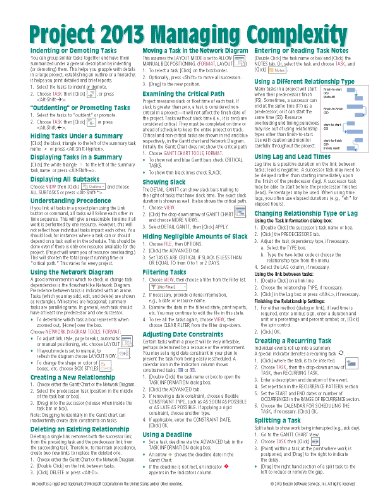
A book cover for Microsoft Project 2013 Quick Reference Guide: Managing Complexity (Cheat Sheet of Instructions, Tips & Shortcuts - Laminated Card); Beezix Inc.; Computers & Technology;